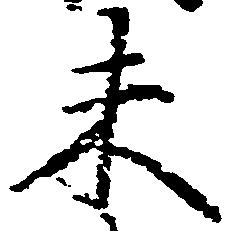
未